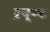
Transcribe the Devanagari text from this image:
प्रचूषक